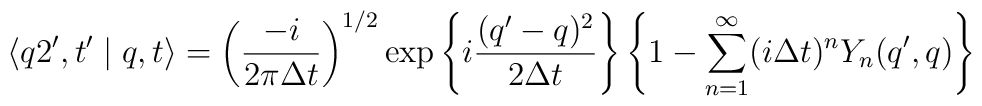
\langle q2',t'\mid q,t \rangle =  \left( \frac{-i}{2\pi\Delta t} \right)^{1/2}  \exp \left\{i \frac{(q'-q)^2}{2\Delta t} \right\}  \left\{1- \sum_{n=1}^{\infty}(i \Delta t)^n Y_n(q',q) \right\}